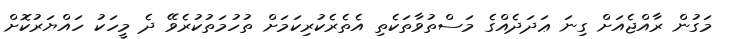
މަގުން ރާއްޖެއަށް ގިނަ ޢަދަދެއްގެ މަސްތުވާތަކެތި އެތެރެކުރިކަމަށް ތުހުމަތުކުރެވޭ ދެ މީހަކު ހައްޔަރުކޮށް